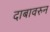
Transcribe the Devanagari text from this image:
दाबावरुन